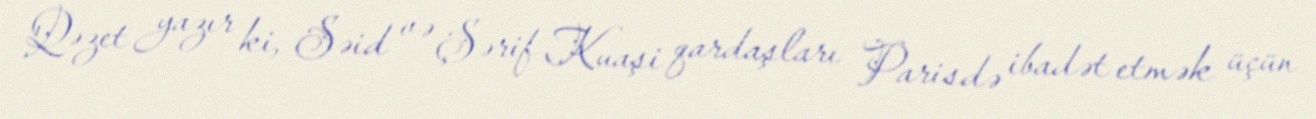
Qəzet yazır ki, Səid və Şərif Kuaşi qardaşları Parisdə ibadət etmək üçün